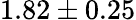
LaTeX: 1.82\pm 0.25